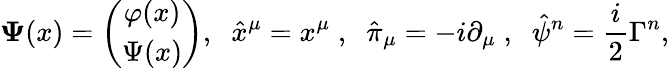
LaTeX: {\mathbf\Psi}(x)=\left(\begin{array}{c}{{\varphi(x)}}\\ {{\Psi(x)}}\end{array}\right),\; \; \hat{x}^{\mu}=x^{\mu}\; ,\; \; \hat{\pi}_{\mu}=-i\partial_{\mu}\; ,\; \; \hat{\psi}^{n}=\frac{i}{2}\Gamma^{n},